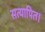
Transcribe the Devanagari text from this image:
सत्यापित।